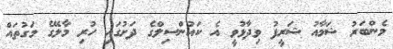
މެންބަރު ޝަމާއު ޝަރީފު ވިދާޅުވީ އެ ކައުންސިލްގެ ދަށުގައި ހުރި މާލޭގެ މަގުތައް